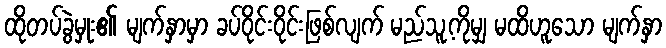
ထိုတပ်ခွဲမှုး၏ မျက်နှာမှာ ခပ်ဝိုင်းဝိုင်းဖြစ်လျက် မည်သူ့ကိုမျှ မထိဟူသော မျက်နှာ